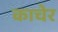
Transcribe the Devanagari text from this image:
काचेर